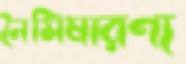
নৈমিষারণ্য